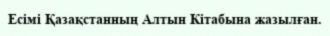
Есімі Қазақстанның Алтын Кітабына жазылған.